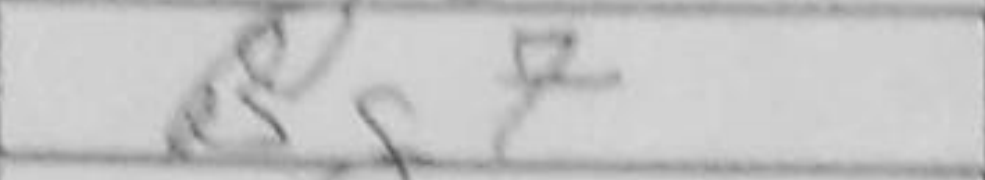
Transcription: Bg7